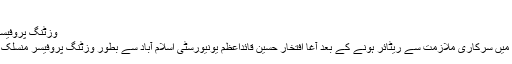
[2]
وزٹنگ پروفیسر[ترمیم]
1981ء میں سرکاری ملازمت سے ریٹائر ہونے کے بعد آغا افتخار حسین قائداعظم یونیورسٹی اسلام آباد سے بطور وزٹنگ پروفیسر منسلک ہو گئے۔